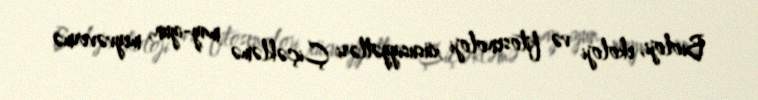
Bioloji, ekoloji və fitosenoloji xüsusiyyətləri Çiçəkləmə may-iyun, meyvəvermə